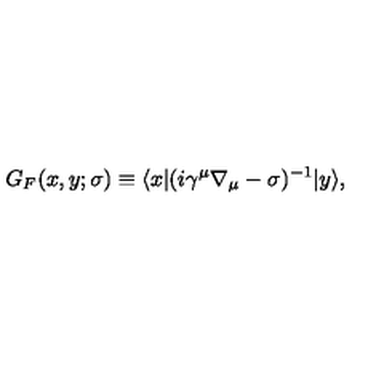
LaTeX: G _ { F } ( x , y ; \sigma ) \equiv \langle x | ( i \gamma ^ { \mu } \nabla _ { \mu } - \sigma ) ^ { - 1 } | y \rangle ,